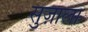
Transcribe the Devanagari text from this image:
सुज़ाला